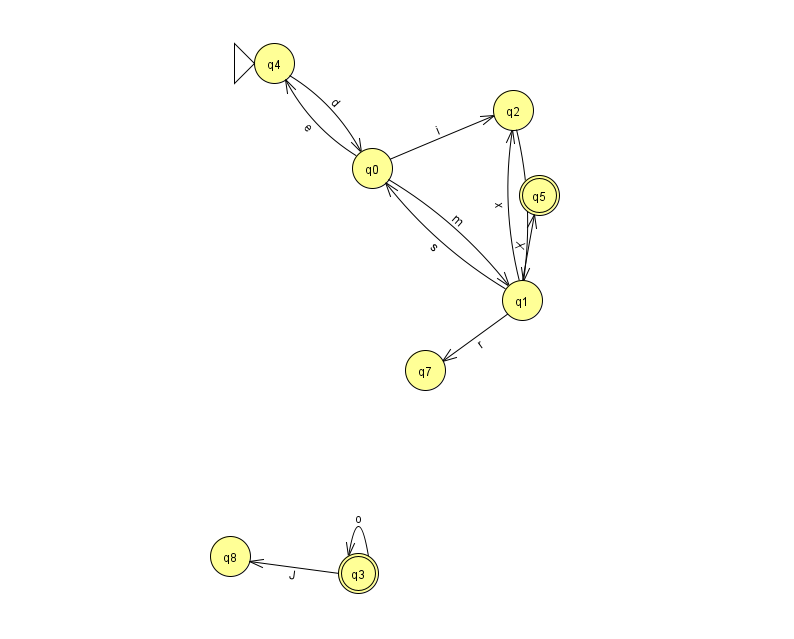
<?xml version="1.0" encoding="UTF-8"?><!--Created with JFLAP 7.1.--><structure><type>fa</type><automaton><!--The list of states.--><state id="0" name="q0"><x>372.0</x><y>155.0</y></state><state id="1" name="q1"><x>522.0</x><y>287.0</y></state><state id="2" name="q2"><x>513.0</x><y>97.0</y></state><state id="3" name="q3"><x>358.0</x><y>560.0</y><final/></state><state id="4" name="q4"><x>274.0</x><y>50.0</y><initial/></state><state id="5" name="q5"><x>539.0</x><y>182.0</y><final/></state><state id="7" name="q7"><x>425.0</x><y>357.0</y></state><state id="8" name="q8"><x>230.0</x><y>543.0</y></state><!--The list of transitions.--><transition><from>1</from><to>2</to><read>x</read></transition><transition><from>0</from><to>2</to><read>i</read></transition><transition><from>1</from><to>0</to><read>s</read></transition><transition><from>3</from><to>8</to><read>J</read></transition><transition><from>1</from><to>7</to><read>r</read></transition><transition><from>0</from><to>4</to><read>e</read></transition><transition><from>0</from><to>1</to><read>m</read></transition><transition><from>4</from><to>0</to><read>d</read></transition><transition><from>1</from><to>5</to><read>X</read></transition><transition><from>2</from><to>1</to><read>W</read></transition><transition><from>3</from><to>3</to><read>o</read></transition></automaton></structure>